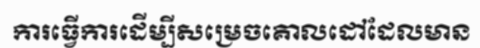
ការធ្វើការដើម្បីសម្រេចគោលដៅដែលមាន